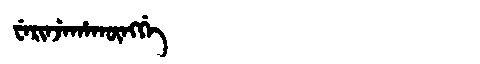
Manchu: ᠸᡝᡵᡳᠨᠵᡝᡥᠠᡴᡡᠩᡤᡝ
Romanization: WERINJEHAKŪNGGE